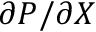
\partial P / \partial X